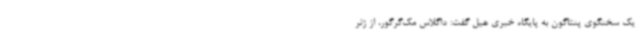
یک سخنگوی پنتاگون به پایگاه خبری هیل گفت: داگلاس مک‌گرگور، از ژنر